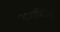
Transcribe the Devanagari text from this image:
नामान्कित